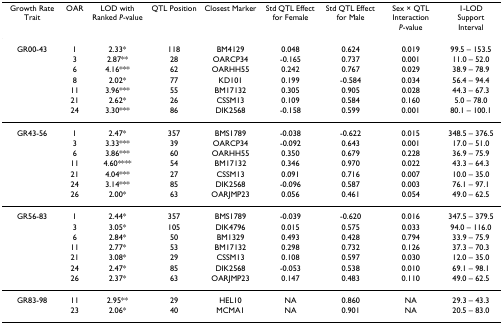
<table><thead><tr><td><b>Growth Rate Trait</b></td><td><b>OAR</b></td><td><b>LOD with Ranked <i>P</i>-value</b></td><td><b>QTL Position</b></td><td><b>Closest Marker</b></td><td><b>Std QTL Effect for Female</b></td><td><b>Std QTL Effect for Male</b></td><td><b>Sex × QTL Interaction<i>P</i>-value</b></td><td><b>1-LOD Support Interval</b></td></tr></thead><tbody><tr><td>GR00-43</td><td>1</td><td>2.33*</td><td>118</td><td>BM4129</td><td>0.048</td><td>0.624</td><td>0.019</td><td>99.5 – 153.5</td></tr><tr><td></td><td>3</td><td>2.87**</td><td>28</td><td>OARCP34</td><td>-0.165</td><td>0.737</td><td>0.001</td><td>11.0 – 52.0</td></tr><tr><td></td><td>6</td><td>4.16***</td><td>62</td><td>OARHH55</td><td>0.242</td><td>0.767</td><td>0.029</td><td>38.9 – 78.9</td></tr><tr><td></td><td>8</td><td>2.02*</td><td>77</td><td>KD101</td><td>0.199</td><td>-0.584</td><td>0.034</td><td>56.4 – 94.4</td></tr><tr><td></td><td>11</td><td>3.96***</td><td>55</td><td>BM17132</td><td>0.305</td><td>0.905</td><td>0.028</td><td>44.3 – 67.3</td></tr><tr><td></td><td>21</td><td>2.62*</td><td>26</td><td>CSSM13</td><td>0.109</td><td>0.584</td><td>0.160</td><td>5.0 – 78.0</td></tr><tr><td></td><td>24</td><td>3.30***</td><td>86</td><td>DIK2568</td><td>-0.158</td><td>0.599</td><td>0.001</td><td>80.1 – 100.1</td></tr><tr><td>GR43-56</td><td>1</td><td>2.47*</td><td>357</td><td>BMS1789</td><td>-0.038</td><td>-0.622</td><td>0.015</td><td>348.5 – 376.5</td></tr><tr><td></td><td>3</td><td>3.33***</td><td>39</td><td>OARCP34</td><td>-0.092</td><td>0.643</td><td>0.001</td><td>17.0 – 51.0</td></tr><tr><td></td><td>6</td><td>3.86***</td><td>60</td><td>OARHH55</td><td>0.350</td><td>0.679</td><td>0.228</td><td>36.9 – 75.9</td></tr><tr><td></td><td>11</td><td>4.60****</td><td>54</td><td>BM17132</td><td>0.346</td><td>0.970</td><td>0.022</td><td>43.3 – 64.3</td></tr><tr><td></td><td>21</td><td>4.04***</td><td>27</td><td>CSSM13</td><td>0.091</td><td>0.716</td><td>0.007</td><td>10.0 – 35.0</td></tr><tr><td></td><td>24</td><td>3.14***</td><td>85</td><td>DIK2568</td><td>-0.096</td><td>0.587</td><td>0.003</td><td>76.1 – 97.1</td></tr><tr><td></td><td>26</td><td>2.00*</td><td>63</td><td>OARJMP23</td><td>0.056</td><td>0.461</td><td>0.054</td><td>49.0 – 62.5</td></tr><tr><td>GR56-83</td><td>1</td><td>2.44*</td><td>357</td><td>BMS1789</td><td>-0.039</td><td>-0.620</td><td>0.016</td><td>347.5 – 379.5</td></tr><tr><td></td><td>3</td><td>3.05*</td><td>105</td><td>DIK4796</td><td>0.015</td><td>0.575</td><td>0.033</td><td>94.0 – 116.0</td></tr><tr><td></td><td>6</td><td>2.84*</td><td>50</td><td>BM1329</td><td>0.493</td><td>0.428</td><td>0.794</td><td>33.9 – 75.9</td></tr><tr><td></td><td>11</td><td>2.77*</td><td>53</td><td>BM17132</td><td>0.298</td><td>0.732</td><td>0.126</td><td>37.3 – 70.3</td></tr><tr><td></td><td>21</td><td>3.08*</td><td>29</td><td>CSSM13</td><td>0.108</td><td>0.597</td><td>0.030</td><td>12.0 – 35.0</td></tr><tr><td></td><td>24</td><td>2.47*</td><td>85</td><td>DIK2568</td><td>-0.053</td><td>0.538</td><td>0.010</td><td>69.1 – 98.1</td></tr><tr><td></td><td>26</td><td>2.37*</td><td>63</td><td>OARJMP23</td><td>0.147</td><td>0.483</td><td>0.110</td><td>49.0 – 62.5</td></tr><tr><td>GR83-98</td><td>11</td><td>2.95**</td><td>29</td><td>HEL10</td><td>NA</td><td>0.860</td><td>NA</td><td>29.3 – 43.3</td></tr><tr><td></td><td>23</td><td>2.06*</td><td>40</td><td>MCMA1</td><td>NA</td><td>0.901</td><td>NA</td><td>20.5 – 83.0</td></tr></tbody></table>